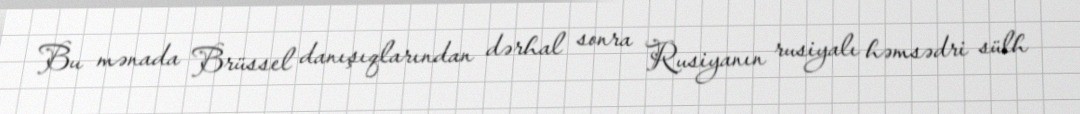
Bu mənada Brüssel danışıqlarından dərhal sonra Rusiyanın rusiyalı həmsədri sülh